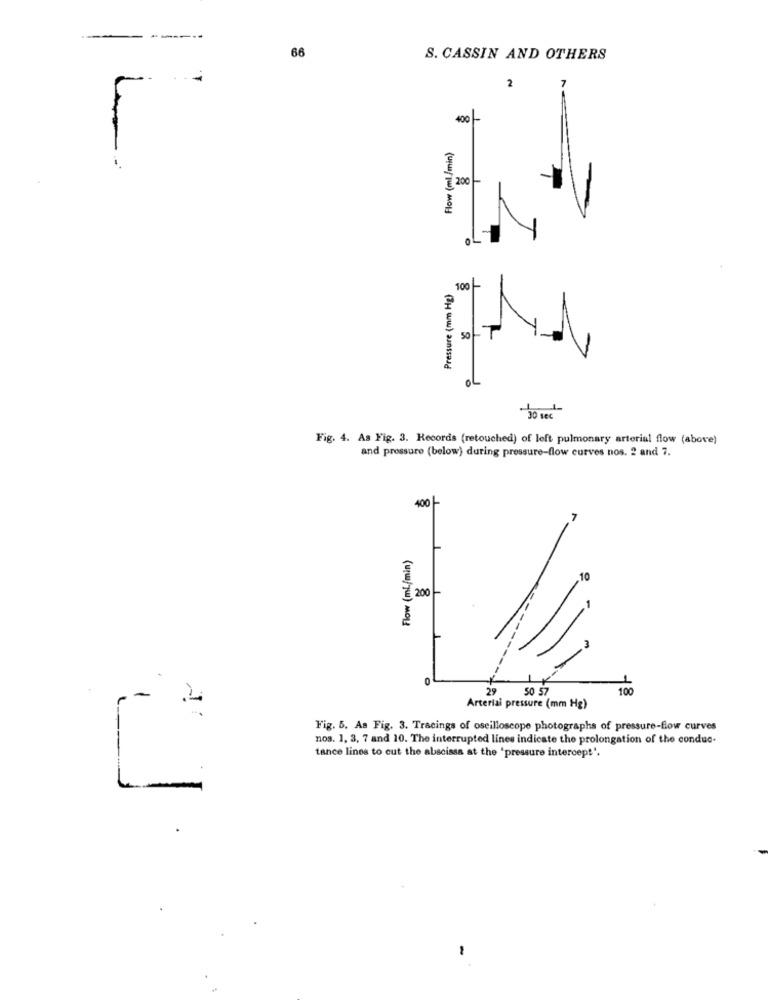
66
S. CASSIN AND OTHERS
2
7
400
Flow (ml /min)
200 |-
Pressure (mm Hg)
50
OL
Fig. 4. As Fig. 3. Records (retouched) of left pulmonary arterial flow (above)
and pressure (below) during pressure-flow curves nos. 2 and 7.
400 -
Flow (ml/min)
: 200
0
29
50 57
100
Arterial pressure (mm Hg)
Fig. 5. As Fig. 3. Tracings of oscilloscope photographs of pressure-flow curves
nos. 1, 3, 7 and 10. The interrupted lines indicate the prolongation of the conduc-
tance lines to cut the abscissa at the 'pressure intercept".